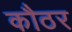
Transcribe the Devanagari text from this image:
कौठर